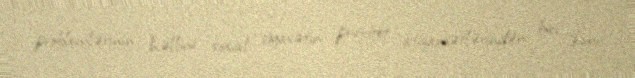
problemlərinin həllini sosial siyasətin prioritet istiqamətlərindən biri kimi